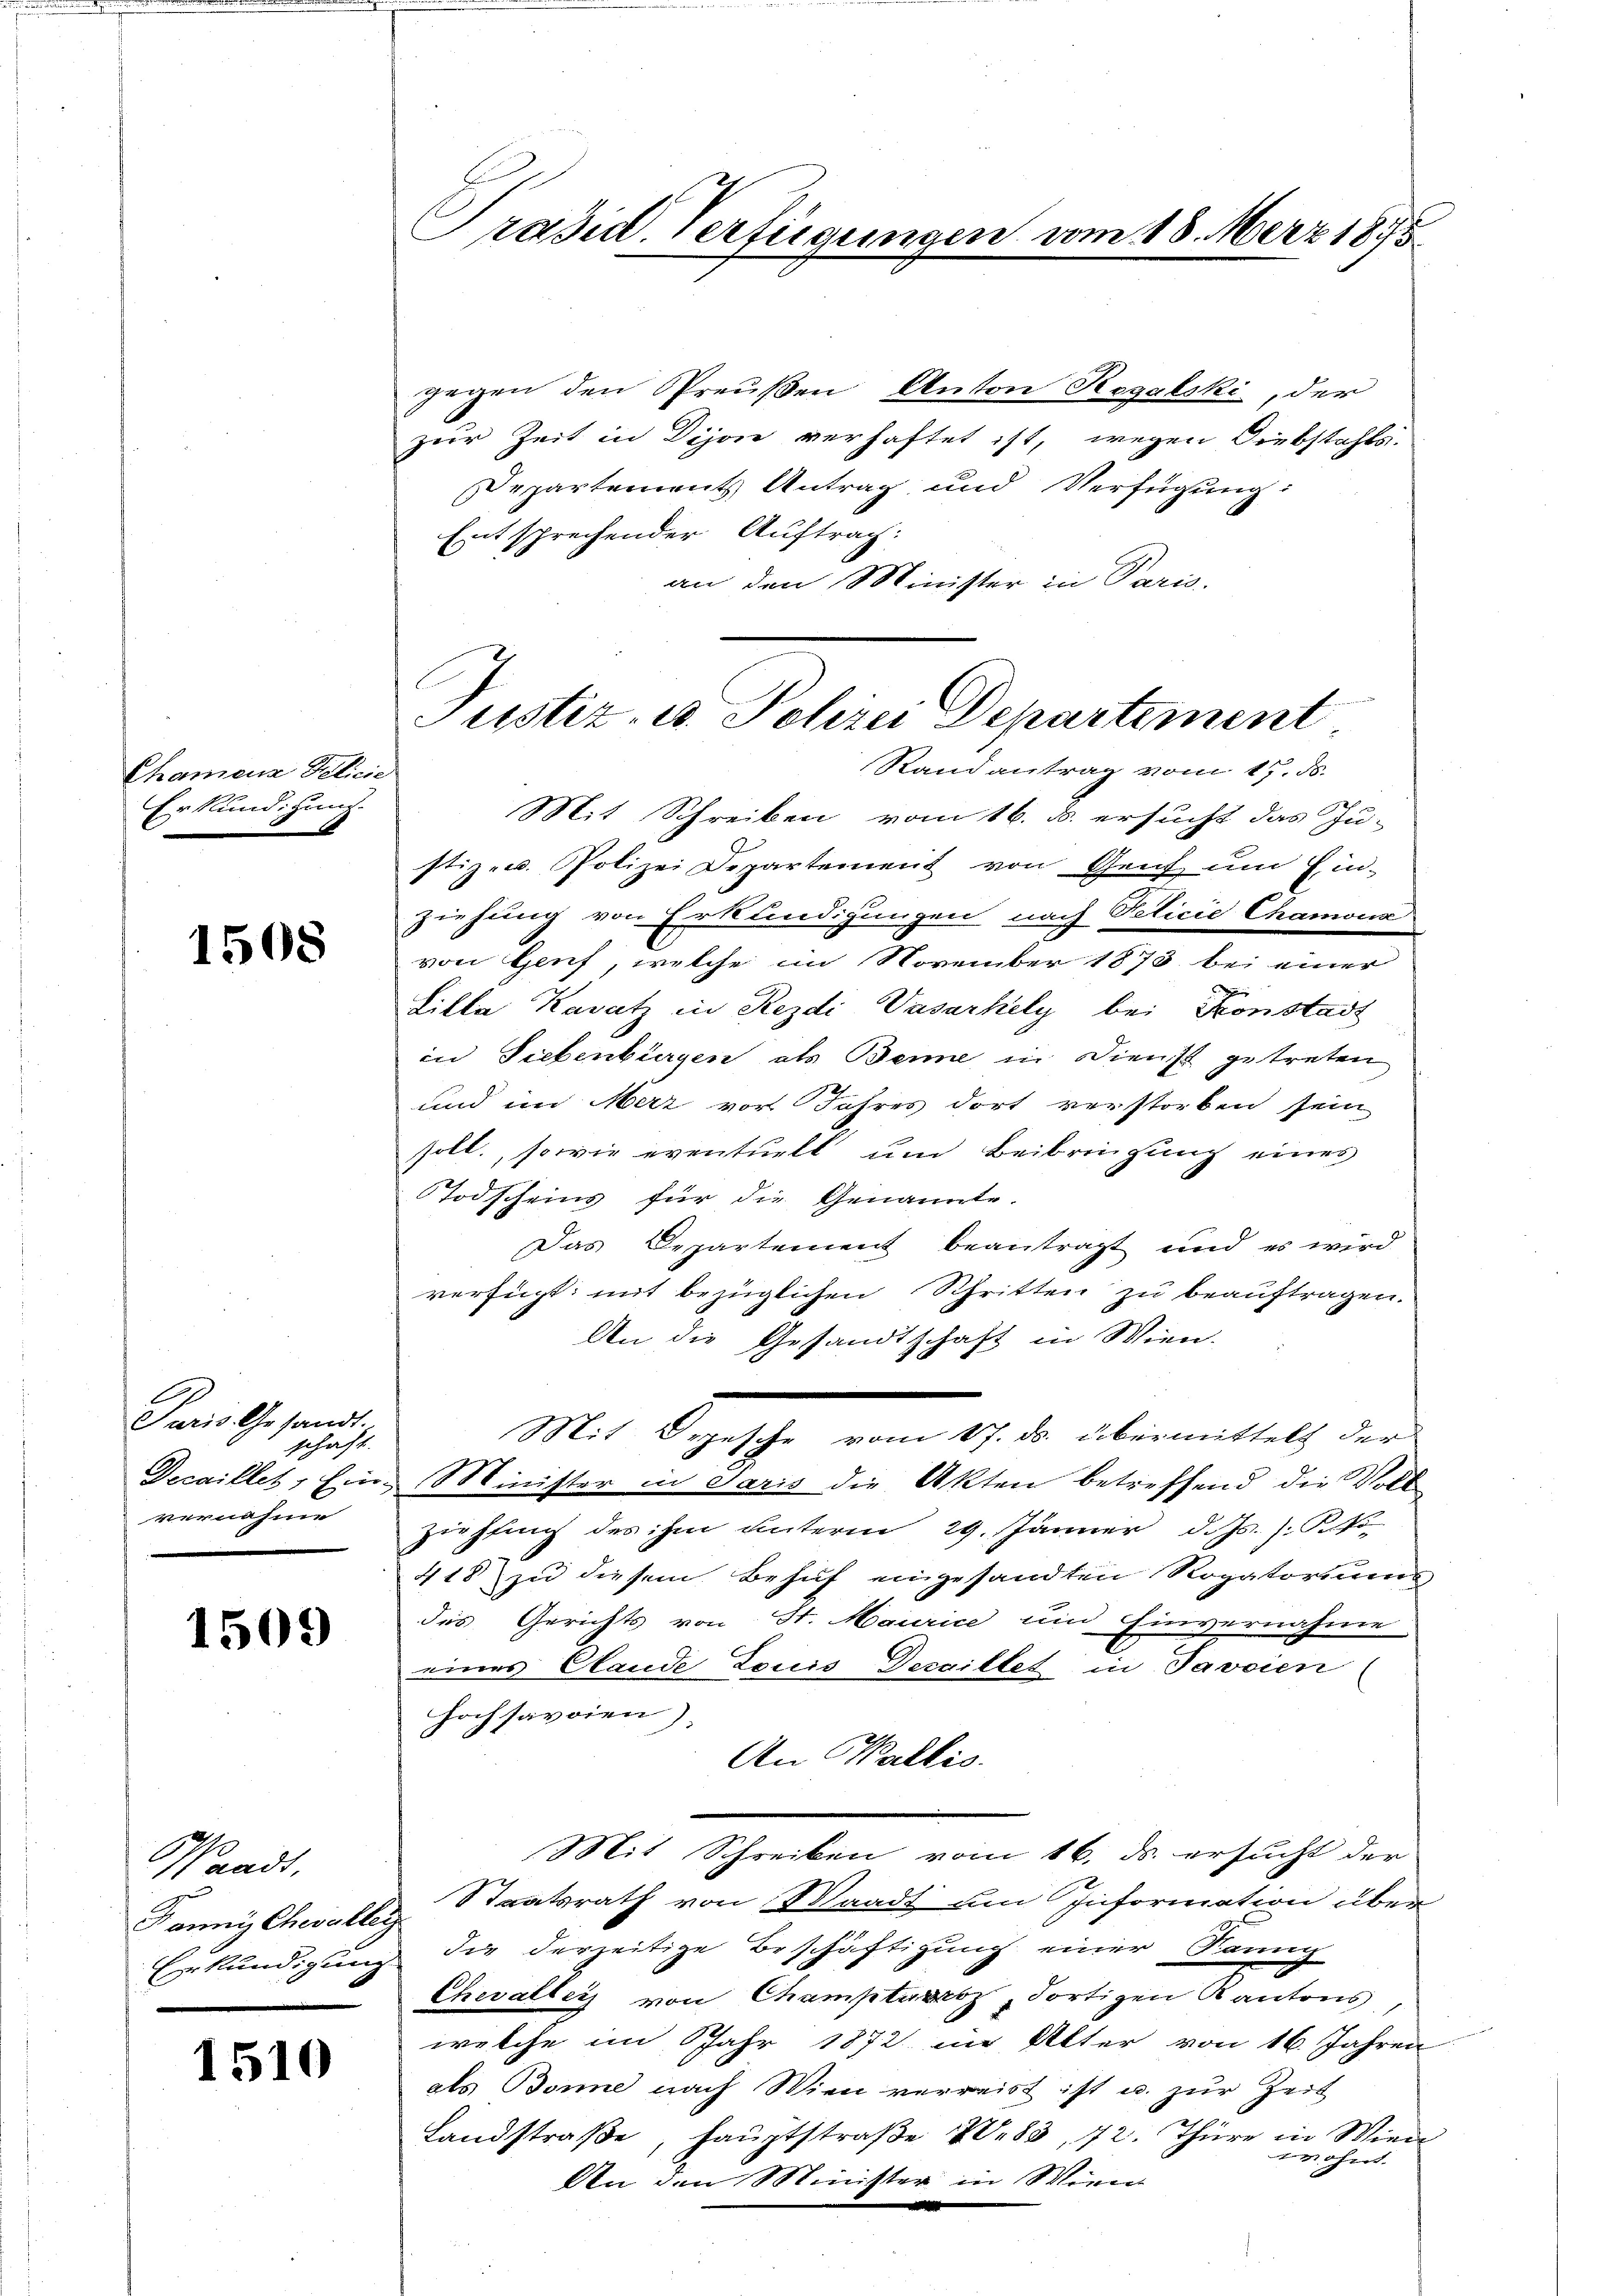
kamen den
Erkundigung.

1508

Juris Gesandt.
schaft.
vernahme

1509

gegen den Preußen Anton Regalski, der
zur Zeit in Dijon verhaftet ist, wegen Diebstahls.
Departements Antrag und Verfügung:
Entsprechender Auftrag:
an den Minister in Paris.

Waadt,
2
Pannys Chevaller

1510

Präsid. Verfügungen vom 18. März 1875

Justiz- u. Polizei Departement
Randantrag vom 17. ds.
t

Mit Schreiben vom 16. u. ersucht das Ju-
stiz- u. Polizei Departement von Genf, um Ein-
ziehung von Erkundigungen nach Felicie Chamona
von Genf, welche im November 1873 bei einer
Lilla Kasatz in Rezdi Vasarhely bei Konstadt
in Liebenbürgen als Benne in Dienst getreten
und im Merz vor Jahres dort verstorben sein
soll, sowie eventuell um Beibringung eines
STodscheins für die Genannte.
Das Departement beantragt und es wird
verfügt: mit bezüglichen Schritten zu beauftragen.
An die Gesandtschaft in Wien.
Mit 2 gethe vom 17. d. aberminstalt der
Decaillet, Ein Minister in Paris die Akten betreffend die Vollziehung des ihm unterm 29. Jänner d. Js.). So
418 zu diesem Behuf eingesandten Rogatoriums
des Gerichts von St. Maurice um Einvernahme
eines Claude Louis Decaillet in Javoien
hochsavoien).
An Wallis.
Mit Schreiben vom 16. ds. ersucht der
Staatsrath von Waadt um Information über
h
Erkundigung die derzeitige Beschäftigung einer Kanng
Chevaller von Champturz, dortigen Kantons
welche im Jahr 1872 im Alter von 16. Jahren
als Bonne nach Wien verreist ist u. zur Zeit
Landstraβe, hauptstraβe 283, 72. Thüre in Wien
wohnt.
An den Minister in Wiren